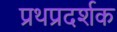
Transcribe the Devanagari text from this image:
प्रथप्रदर्शक